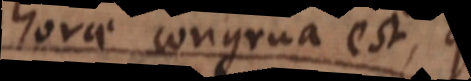
horae congrua est,